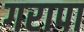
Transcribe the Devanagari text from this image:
गरापा